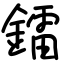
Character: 鐳